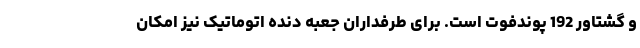
و گشتاور 192 پوندفوت است. برای طرفداران جعبه دنده اتوماتیک نیز امکان